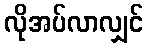
လိုအပ်လာလျှင်